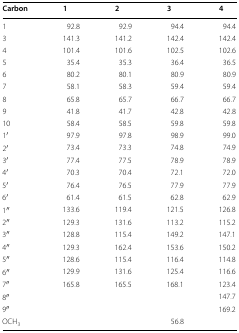
| Carbon | 1 | 2 | 3 | 4 |
 | --- | --- | --- | --- | --- |
 | 1 | 92.8 | 92.9 | 94.4 | 94.4 |
 | 3 | 141.3 | 141.2 | 142.4 | 142.4 |
 | 4 | 101.4 | 101.6 | 102.5 | 102.6 |
 | 5 | 35.4 | 35.3 | 36.4 | 36.5 |
 | 6 | 80.2 | 80.1 | 80.9 | 80.9 |
 | 7 | 58.1 | 58.3 | 59.4 | 59.4 |
 | 8 | 65.8 | 65.7 | 66.7 | 66.7 |
 | 9 | 41.8 | 41.7 | 42.8 | 42.8 |
 | 10 | 58.4 | 58.5 | 59.8 | 59.8 |
 | 1′ | 97.9 | 97.8 | 98.9 | 99.0 |
 | 2′ | 73.4 | 73.3 | 74.8 | 74.9 |
 | 3′ | 77.4 | 77.5 | 78.9 | 78.9 |
 | 4′ | 70.3 | 70.4 | 72.1 | 72.0 |
 | 5′ | 76.4 | 76.5 | 77.9 | 77.9 |
 | 6′ | 61.4 | 61.5 | 62.8 | 62.9 |
 | 1′′ | 133.6 | 119.4 | 121.5 | 126.8 |
 | 2′′ | 129.3 | 131.6 | 113.2 | 115.2 |
 | 3′′ | 128.8 | 115.4 | 149.2 | 147.1 |
 | 4′′ | 129.3 | 162.4 | 153.6 | 150.2 |
 | 5′′ | 128.6 | 115.4 | 116.4 | 114.8 |
 | 6′′ | 129.9 | 131.6 | 125.4 | 116.6 |
 | 7′′ | 165.8 | 165.5 | 168.1 | 123.4 |
 | 8′′ |  |  |  | 147.7 |
 | 9′′ |  |  |  | 169.2 |
 | OCH3 |  |  | 56.8 |  |